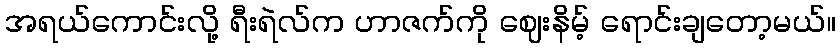
အရယ်ကောင်းလို့ ရီးရဲလ်က ဟာဇက်ကို ဈေးနိမ့် ရောင်းချတော့မယ်။